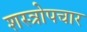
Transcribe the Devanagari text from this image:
शस्त्रोपचार